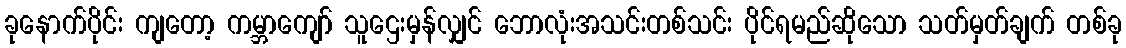
ခုနောက်ပိုင်း ကျတော့ ကမ္ဘာကျော် သူဌေးမှန်လျှင် ဘောလုံးအသင်းတစ်သင်း ပိုင်ရမည်ဆိုသော သတ်မှတ်ချက် တစ်ခု